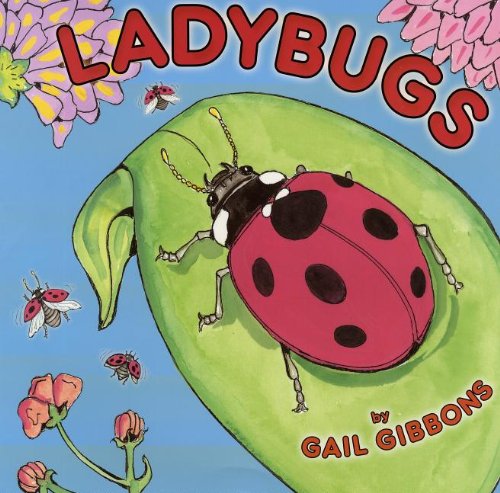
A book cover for Ladybugs; Gail Gibbons; Children's Books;